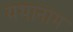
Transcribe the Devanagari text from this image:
यथानाम